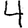
Digit: 4